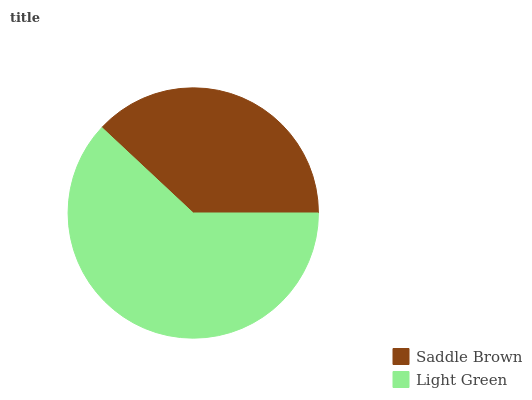
| Saddle Brown | Light Green |
 | --- | --- |
 | 38.1% | 61.9% |